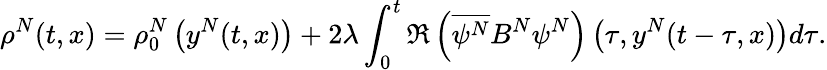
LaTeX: \rho^{N}(t,x)=\rho_{0}^{N}\left(y^{N}(t,x)\right)+2\lambda\int_{0}^{t}\Re\left(\overline{{\psi^{N}}}B^{N}\psi^{N}\right)\left(\tau,y^{N}(t-\tau,x)\right)d\tau.